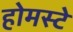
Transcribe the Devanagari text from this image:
होमस्टे